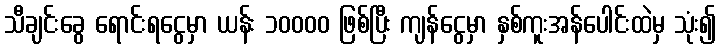
သီချင်းခွေ ရောင်းရငွေမှာ ယန်း ၁၀၀၀၀ ဖြစ်ပြီး ကျန်ငွေမှာ နှစ်ကူးအန်ပေါင်းထဲမှ သုံး၍